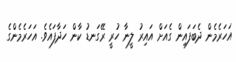
އަހަރެމެން ދެބަފައިން ގެއަށް އައިރު ލީނާ ހުރީ ރޭގަނޑު ކާން ހަދާފައެވެ. އަހަރެމެންގެ